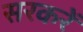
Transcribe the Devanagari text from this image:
सरकरें